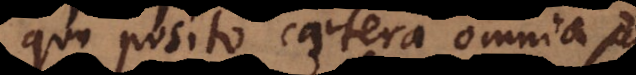
quo posito caetera omni